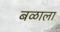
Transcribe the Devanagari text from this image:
बळाला